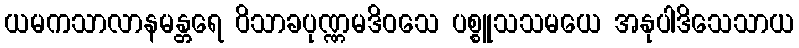
ယမကသာလာနမန္တရေ ဝိသာခပုဏ္ဏမဒိဝသေ ပစ္စူသသမယေ အနုပါဒိသေသာယ